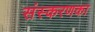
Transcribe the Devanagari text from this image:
संस्‍करणका